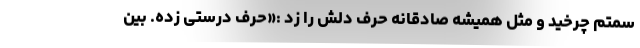
سمتم چرخید و مثل همیشه صادقانه حرف دلش را زد :«حرف درستی زده. بین